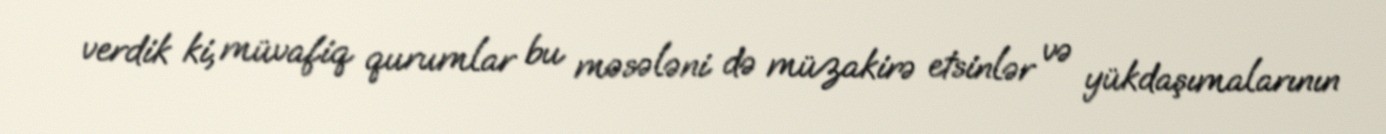
verdik ki, müvafiq qurumlar bu məsələni də müzakirə etsinlər və yükdaşımalarının